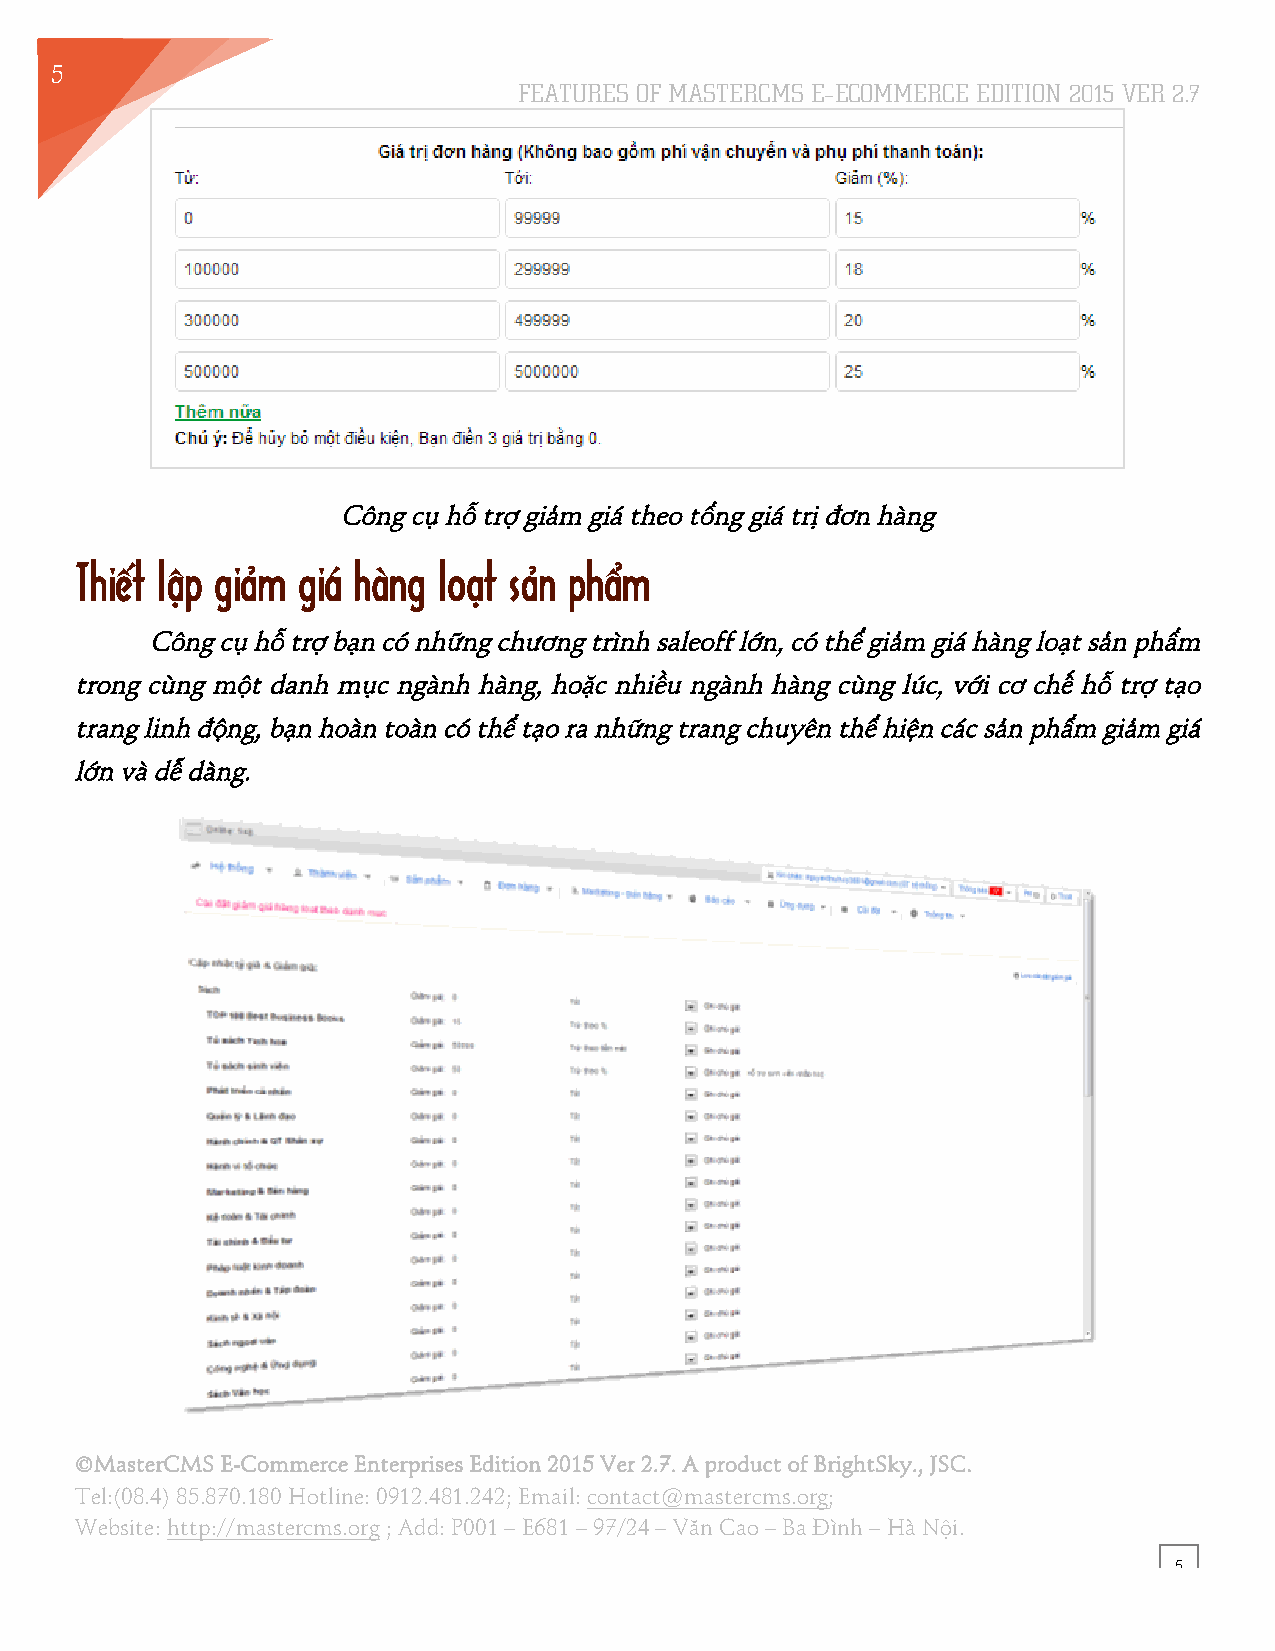
5
 FEATURES OF MASTERCMS E–ECOMMERCE EDITION 2015 VER 2.7
 4
 Công cụ hỗ trợ giảm giá theo tổng giá trị đơn hàng
 Thiết lập giảm giá hàng loạt sản phẩm
 Công cụ hỗ trợ bạn có những chương trình saleoff lớn, có thể giảm giá hàng loạt sản phẩm
 trong cùng một danh mục ngành hàng, hoặc nhiều ngành hàng cùng lúc, với cơ chế hỗ trợ tạo
 trang linh động, bạn hoàn toàn có thể tạo ra những trang chuyên thể hiện các sản phẩm giảm giá
 lớn và dễ dàng.
 ©MasterCMS E-Commerce Enterprises Edition 2015 Ver 2.7. A product of BrightSky., JSC.
 Tel:(08.4) 85.870.180 Hotline: 0912.481.242; Email: contact@mastercms.org;
 Website: http://mastercms.org ; Add: P001 – E681 – 97/24 – Văn Cao – Ba Đình – Hà Nội.
 5